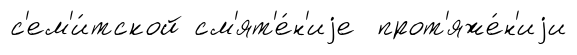
с'ем'и́тской см'ят'е́н'иjе прот'яже́н'иjи